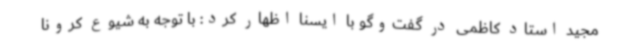
مجید استاد کاظمی در گفت‌وگو با ایسنا اظهار کرد: با توجه به شیوع کرونا